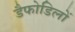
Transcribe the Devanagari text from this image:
डैफोडिलों